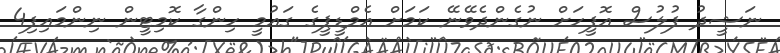
ނަޝީދު ފުލުސް އޮފީހަށް ނުގެންދެވޭނޭ ކަމަށް އެމްޑީޕީގެ ގައުމީ ހިންގާ ކޮމިޓީން ނިންމައިފި4